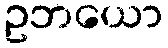
ဥဘယော